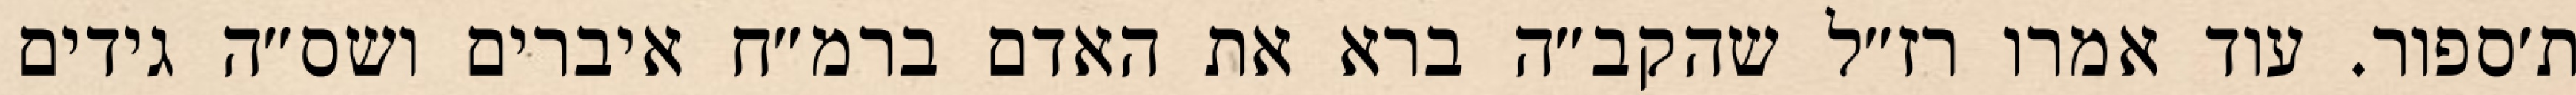
ת׳ספור. עוד אמרו רז״ל שהקב״ה ברא את האדם ברמ״ח איברים ושס״ה גידים